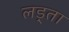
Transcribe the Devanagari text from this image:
लड़्ता